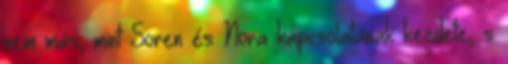
nem más, mint Soren és Nora kapcsolatának kezdete, s